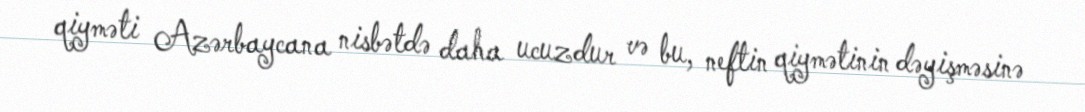
qiyməti Azərbaycana nisbətdə daha ucuzdur və bu, neftin qiymətinin dəyişməsinə